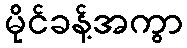
မိုင်ခန့်အကွာ